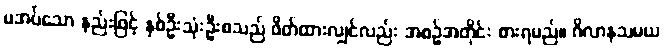
မအပ်သော နည်းဖြင့် နှစ်ဦးသုံးဦးစသည် ဖိတ်ထားလျှင်လည်း အစဉ်အတိုင်း စားရမည်။ ဂိလာနသမယ